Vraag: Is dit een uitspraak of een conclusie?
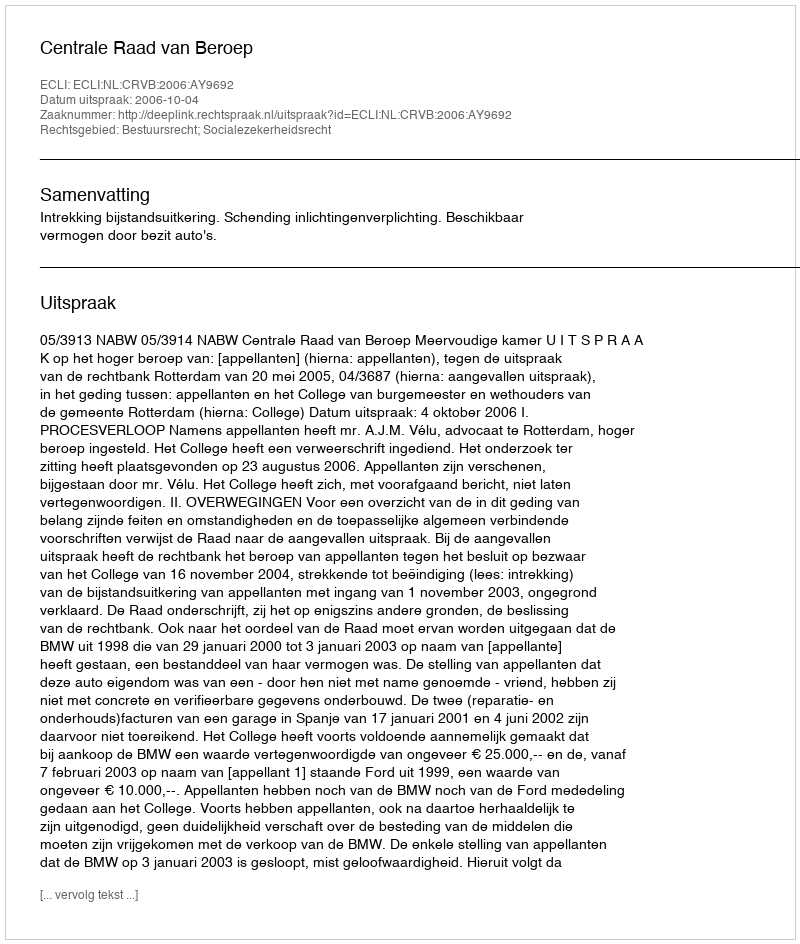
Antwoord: Uitspraak